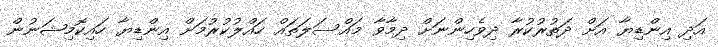
އަދި އިންޑިޔާ އަށް ދަތުރުކުރާ ދިވެހިންނަށް ދިމާވާ މައްސަލަތައް ހައްލުކުރުމަށް އިންޑިޔާ ހައިކޮމިޝަނުން